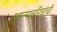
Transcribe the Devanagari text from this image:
आत्मचरित्रांची